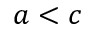
a < c